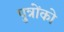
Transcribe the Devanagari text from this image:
पुत्राेंकाे